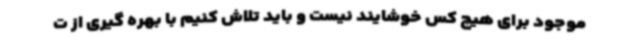
موجود برای هیچ کس خوشایند نیست و باید تلاش کنیم با بهره گیری از ت